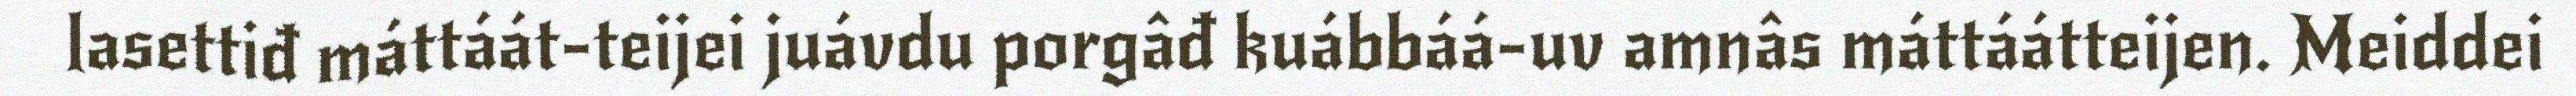
lasettiđ máttáát-teijei juávdu porgâđ kuábbáá-uv amnâs máttáátteijen. Meiddei